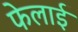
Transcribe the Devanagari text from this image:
फेलाई